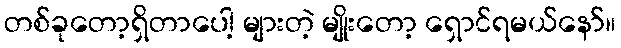
တစ်ခုတော့ရှိတာပေါ့ များတဲ့ မျိုးတော့ ရှောင်ရမယ်နော်။